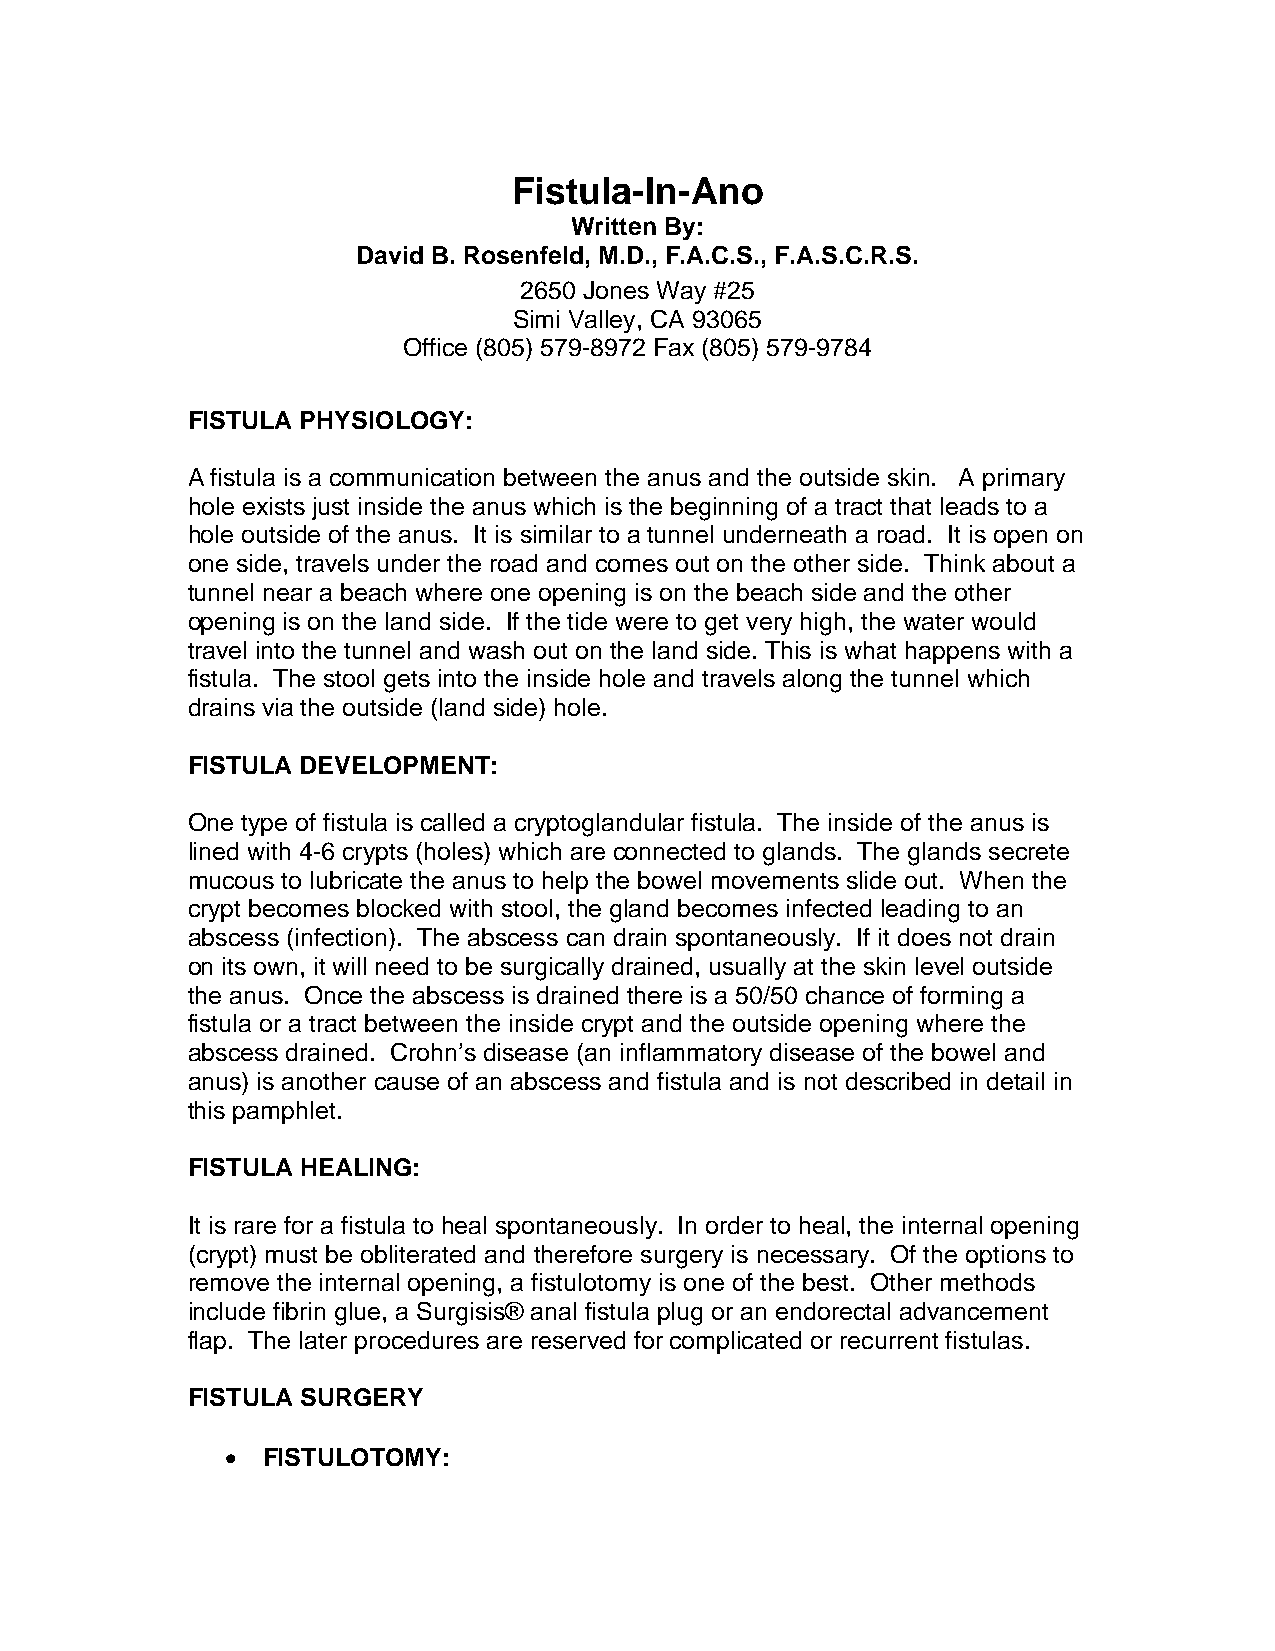
Fistula-In-Ano
 Written By:
 David B. Rosenfeld, M.D., F.A.C.S., F.A.S.C.R.S.
 2650 Jones Way #25
 Simi Valley, CA 93065
 Office (805) 579-8972 Fax (805) 579-9784
 FISTULA PHYSIOLOGY:
 A fistula is a communication between the anus and the outside skin. A primary
 hole exists just inside the anus which is the beginning of a tract that leads to a
 hole outside of the anus. It is similar to a tunnel underneath a road. It is open on
 one side, travels under the road and comes out on the other side. Think about a
 tunnel near a beach where one opening is on the beach side and the other
 opening is on the land side. If the tide were to get very high, the water would
 travel into the tunnel and wash out on the land side. This is what happens with a
 fistula. The stool gets into the inside hole and travels along the tunnel which
 drains via the outside (land side) hole.
 FISTULA DEVELOPMENT:
 One type of fistula is called a cryptoglandular fistula. The inside of the anus is
 lined with 4-6 crypts (holes) which are connected to glands. The glands secrete
 mucous to lubricate the anus to help the bowel movements slide out. When the
 crypt becomes blocked with stool, the gland becomes infected leading to an
 abscess (infection). The abscess can drain spontaneously. If it does not drain
 on its own, it will need to be surgically drained, usually at the skin level outside
 the anus. Once the abscess is drained there is a 50/50 chance of forming a
 fistula or a tract between the inside crypt and the outside opening where the
 abscess drained. Crohn’s disease (an inflammatory disease of the bowel and
 anus) is another cause of an abscess and fistula and is not described in detail in
 this pamphlet.
 FISTULA HEALING:
 It is rare for a fistula to heal spontaneously. In order to heal, the internal opening
 (crypt) must be obliterated and therefore surgery is necessary. Of the options to
 remove the internal opening, a fistulotomy is one of the best. Other methods
 include fibrin glue, a Surgisis® anal fistula plug or an endorectal advancement
 flap. The later procedures are reserved for complicated or recurrent fistulas.
 FISTULA SURGERY
 • FISTULOTOMY: